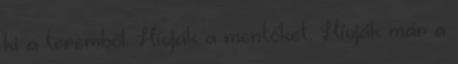
ki a teremből. Hívják a mentőket. Hívják már a